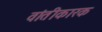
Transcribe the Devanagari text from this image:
वांतीकारक